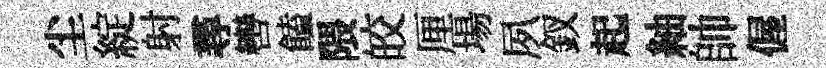
尘綻射尋轡饁隈皎厘場夙釵起紬帥偓